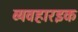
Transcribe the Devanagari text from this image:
व्यवहारइक